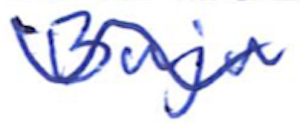
Text: Buju
Cross-out: wave
Writing tool: ballpoint